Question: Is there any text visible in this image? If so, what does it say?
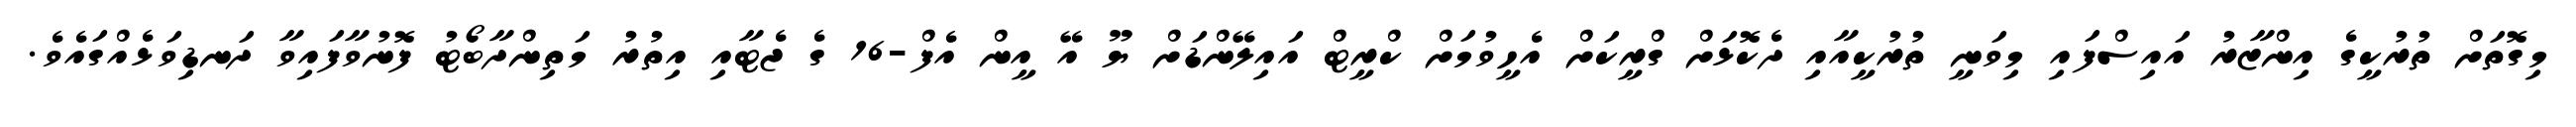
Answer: މިގޮތަށް ތުރުކީގެ އިންޒާރު އައިސްފައި މިވަނީ ތުރުކީއާއި ދެކޮޅަށް ގްރީކަށް އެހީވުމަށް ކްރީޓް އައިލޭންޑަށް ޔޫ އޭ އީން އެފް-16 ގެ ޖެޓާއި އިތުރު މަތިންދާބޯޓު ފޮނުވާފައިވާ ދަނޑިވަޅެއްގައެވެ.